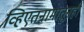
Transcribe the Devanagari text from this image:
व्हिएतनामातूनही